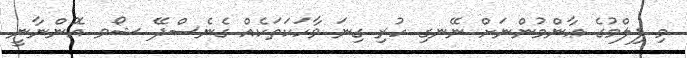
މި ފިލްމުގެ ޢާންމުންނަށް ނޭނގި ހުރި ގިނަ ވާހަކަތަކެއް ގެނެސްދޭ ޝޯވ އޮންނާނީ